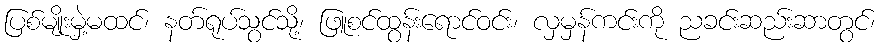
ပြစ်မျိုးမှဲ့မထင်၊ နတ်ရုပ်သွင်သို့၊ ဖြူစင်ထွန်းရောင်ဝင်း၊ လှမှန်ကင်းကို ညခင်းဆည်းဆာတွင်၊